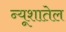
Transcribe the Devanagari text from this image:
न्यूशातेल